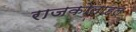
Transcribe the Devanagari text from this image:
राजकोलाहल